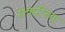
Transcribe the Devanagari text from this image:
सत्तारीच्या